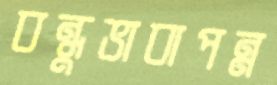
বন্ধুভাবাপন্ন